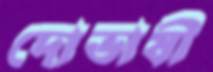
দোভাষী